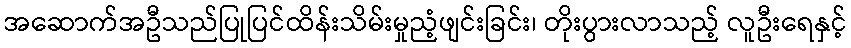
အဆောက်အဦသည်ပြုပြင်ထိန်းသိမ်းမှုညံ့ဖျင်းခြင်း၊ တိုးပွားလာသည့် လူဦးရေနှင့်